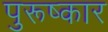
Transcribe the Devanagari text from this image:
पुरूष्कार